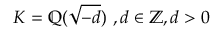
K = \mathbb { Q } ( { \sqrt { - d } } ) \ , d \in \mathbb { Z } , d > 0